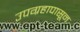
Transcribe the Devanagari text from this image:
उपग्रहापासून